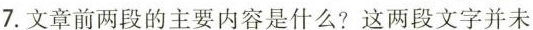
7.文章前两段的主要内容是什么?这两段文字并未